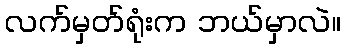
လက်မှတ်ရုံးက ဘယ်မှာလဲ။